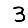
Digit: 3